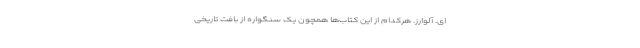
ایْ. آلوارز. هرکدام از این کتاب‌ها همچون یک سنگواره از بافت تاریخی